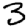
Digit: 3